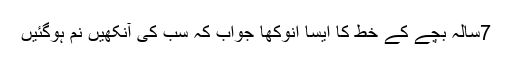
7سالہ بچے کے خط کا ایسا انوکھا جواب کہ سب کی آنکھیں نم ہوگئیں